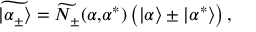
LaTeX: \widetilde { | \alpha _ { \pm } \rangle } = \widetilde { N _ { \pm } } ( \alpha \mathrm { , } \alpha ^ { * } ) \left( | \alpha \rangle \pm | \alpha ^ { * } \rangle \right) ,